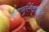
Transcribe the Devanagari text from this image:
बलामुर्लिकृष्णन